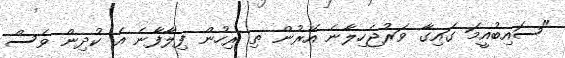
"ސައިބުއީމަ ގައިގާ ވަރުޖެހިލާނެ އޭރުން ތި ރިހުން ފިލާފާނެ އެ ކުދިން ވެސް